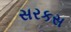
સરકસ